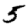
Digit: 5